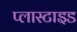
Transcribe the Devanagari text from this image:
प्लास्टाइड